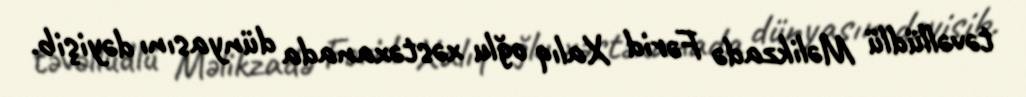
təvəllüdlü Məlikzadə Fərid Xalıq oğlu xəstəxanada dünyasını dəyişib.